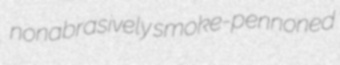
nonabrasively smoke-pennoned